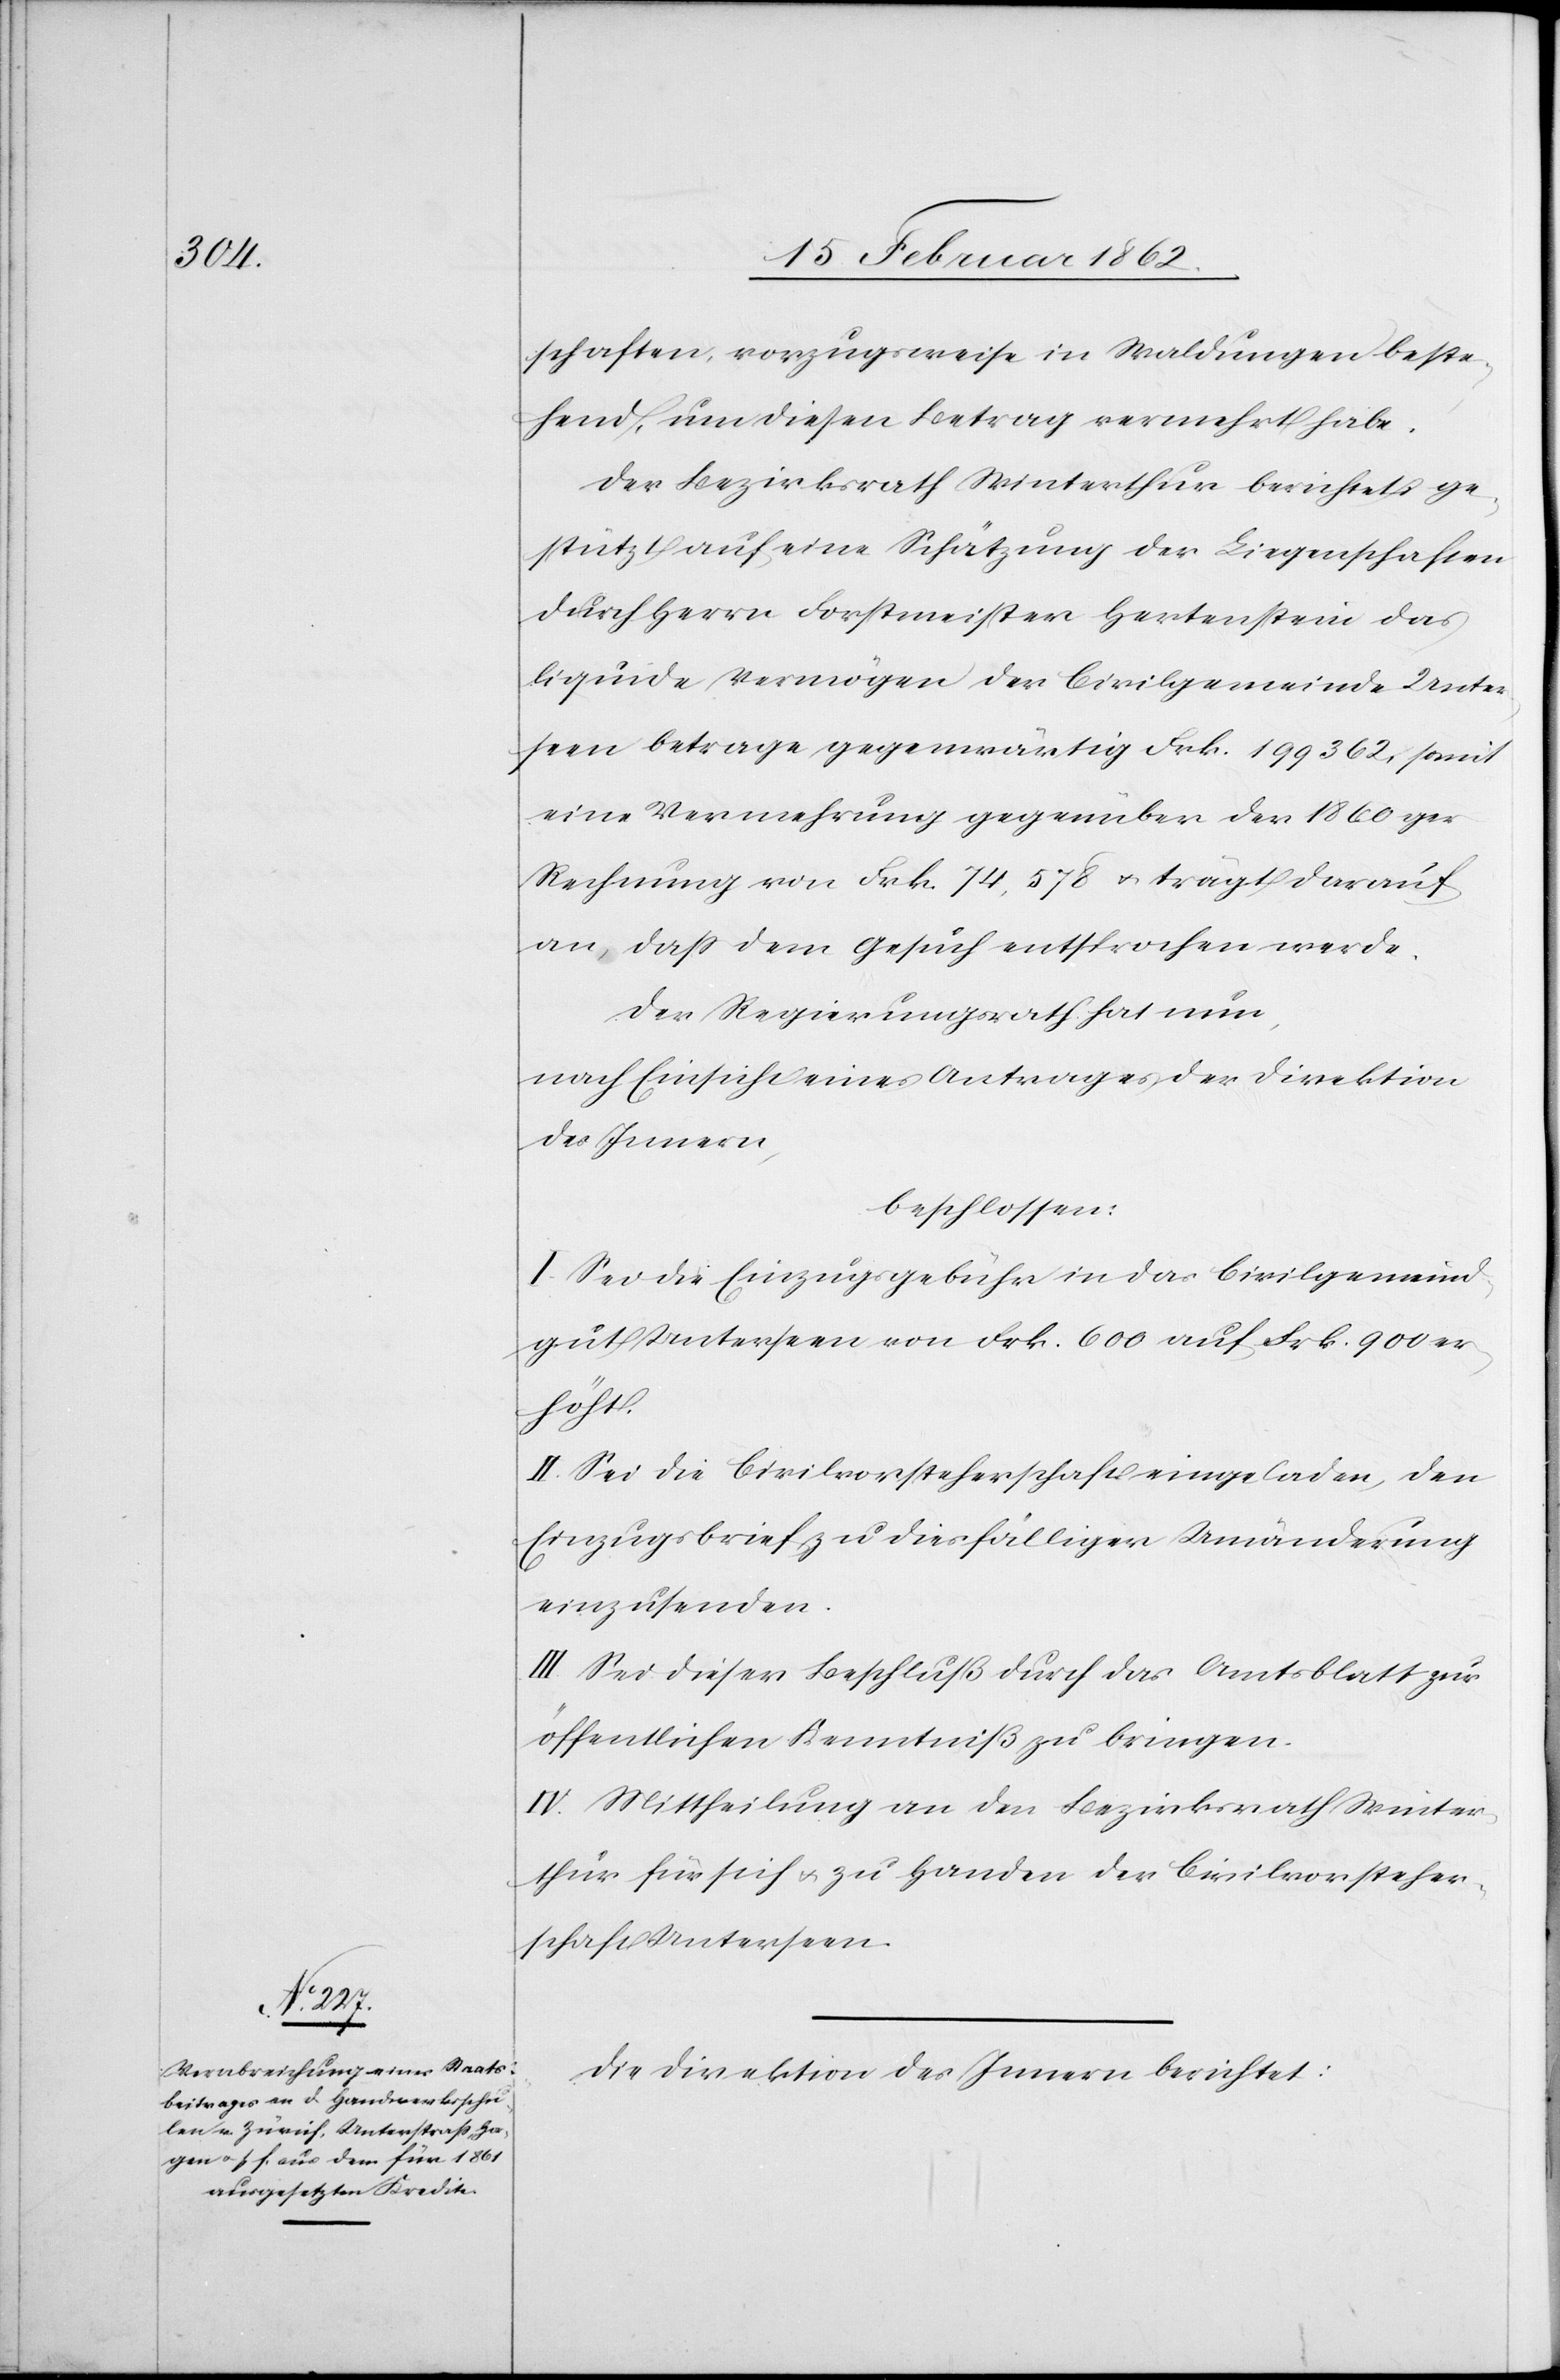
schaften, vorzugsweise in Waldungen beste¬
hend, um diesen Betrag vermehrt habe.
Der Bezirksrath Winterthur berichtet ge¬
stützt auf eine Schätzung der Liegenschaften
durch Herrn Forstmeister Hertenstein das
liquide Vermögen der Civilgemeinde Unter¬
seen betrage gegenwärtig Frk. 199 362, somit
eine Vermehrung gegenüber der 1860ger
Rechnung von Frk. 74,578 u. trägt darauf
an, daß dem Gesuch entsprochen werde.
Der Regierungsrath hat nun,
nach Einsicht eines Antrages der Direktion
des Innern,
beschlossen:
I. Sei die Einzugsgebühr in das Civilgemeind¬
gut Unterseen von Frk. 600 auf Frk. 900 er¬
höht.
II. Sei die Civilvorsteherschaft eingeladen, den
Einzugsbrief zu diesfälliger Umänderung
einzusenden.
III. Sei dieser Beschluß durch das Amtsblatt zur
öffentlichen Kenntniß zu bringen.
IV. Mittheilung an den Bezirksrath Winter¬
thur für sich u. zu Handen der Civilvorsteher¬
schaft Unterseen.
Die Direktion des Innern berichtet: